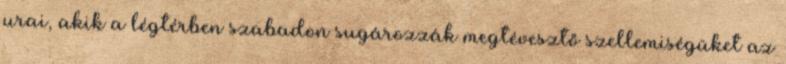
urai, akik a légtérben szabadon sugározzák megtévesztő szellemiségüket az